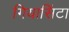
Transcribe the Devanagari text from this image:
गियासिंटा